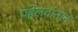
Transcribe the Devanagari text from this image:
पहेलवानाने